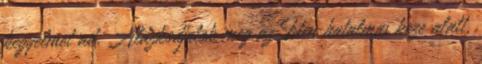
kegyelmet ad. Alázkodjatok meg az Isten hatalmas keze alatt,